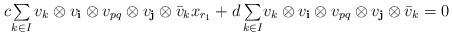
LaTeX: \begin{align*} c\mbox{$\sum\limits_{k\in I} v_k\otimes v_{\mathbf i} \otimes v_{pq}\otimes v_{\mathbf j}\otimes \bar v_k x_{r_1}+d \sum\limits_{k\in I}$} v_k\otimes v_{\mathbf i} \otimes v_{pq}\otimes v_{\mathbf j}\otimes \bar v_k=0\end{align*}